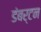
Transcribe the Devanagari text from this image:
डंबर्टन